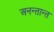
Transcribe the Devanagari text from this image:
अनन्तान्त